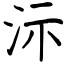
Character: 沶